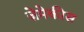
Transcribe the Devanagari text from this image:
ज़ेमेकीस